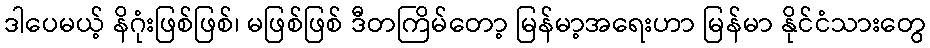
ဒါပေမယ့် နိဂုံးဖြစ်ဖြစ်၊ မဖြစ်ဖြစ် ဒီတကြိမ်တော့ မြန်မာ့အရေးဟာ မြန်မာ နိုင်ငံသားတွေ